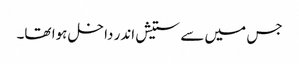
جس میں سے ستیش اندر داخل ہوا تھا۔